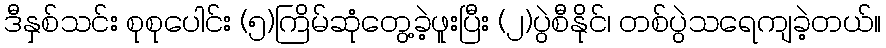
ဒီနှစ်သင်း စုစုပေါင်း (၅)ကြိမ်ဆုံတွေ့ခဲ့ဖူးပြီး (၂)ပွဲစီနိုင်၊ တစ်ပွဲသရေကျခဲ့တယ်။